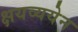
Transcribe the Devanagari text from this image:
क्षयव्ययेन